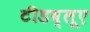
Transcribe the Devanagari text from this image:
टीडब्लूए